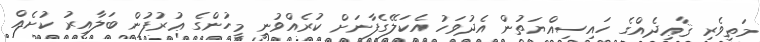
މަތިވެރި ޤާޢިދެއްގެ ހައިސިއްޔަތުން އެދުވަހު އެކަލޭގެފާނަށް ކުރެއްވުނީ މީހުންގެ ޢުރުފުން ބަލާއިރު ކުށެއް